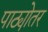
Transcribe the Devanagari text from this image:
पाठ्योतर